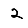
Digit: 2